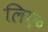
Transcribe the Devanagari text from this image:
लिए॰